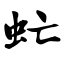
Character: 虻